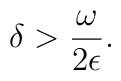
\delta > \frac{\omega}{2\epsilon}.